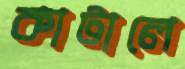
কাটালে